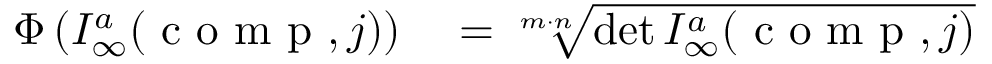
\begin{array} { r l } { \Phi \left( { \cal I } _ { \infty } ^ { a } ( \mathrm { ~ c ~ o ~ m ~ p ~ } , j ) \right) } & { { } = \sqrt [ m \cdot n ] { \operatorname* { d e t } { \cal I } _ { \infty } ^ { a } ( \mathrm { ~ c ~ o ~ m ~ p ~ } , j ) } } \end{array}